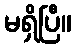
မရှိပြီ။